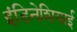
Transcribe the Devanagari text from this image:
इंडिनेशियाई